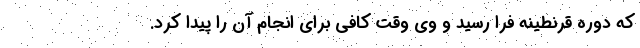
که دوره قرنطینه فرا رسید و وی وقت کافی برای انجام آن را پیدا کرد.